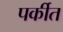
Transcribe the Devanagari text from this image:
पर्कीत